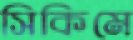
সিকিমে